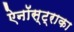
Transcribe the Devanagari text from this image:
ऐनॉस्ट्राका